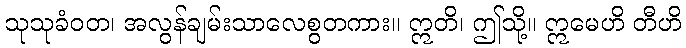
သုသုခံဝတ၊ အလွန်ချမ်းသာလေစွတကား။ ဣတိ၊ ဤသို့။ ဣမေဟိ တီဟိ